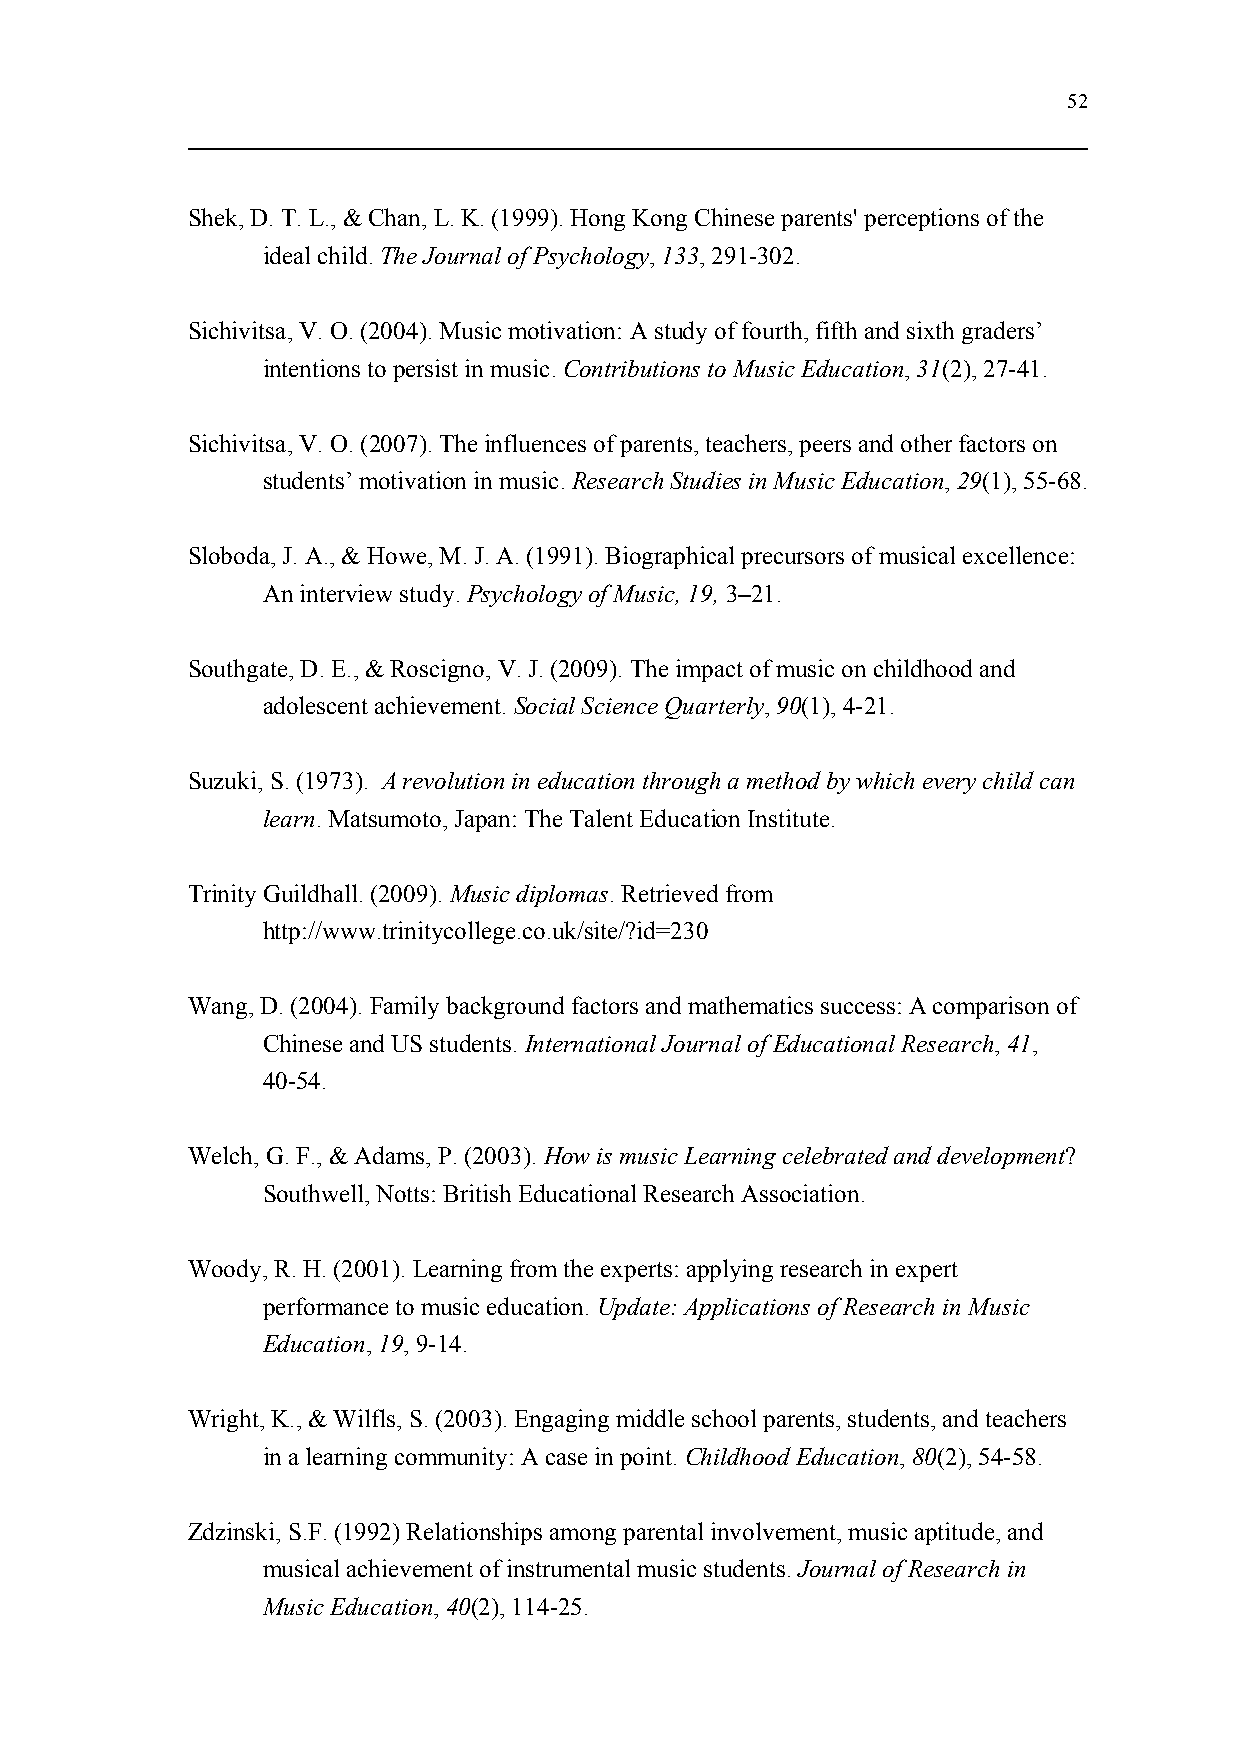
52
 Shek, D. T. L., & Chan, L. K. (1999). Hong Kong Chinese parents' perceptions of the
 ideal child. The Journal of Psychology, 133, 291-302.
 Sichivitsa, V. O. (2004). Music motivation: A study of fourth, fifth and sixth graders’
 intentions to persist in music. Contributions to Music Education, 31(2), 27-41.
 Sichivitsa, V. O. (2007). The influences of parents, teachers, peers and other factors on
 students’ motivation in music. Research Studies in Music Education, 29(1), 55-68.
 Sloboda, J. A., & Howe, M. J. A. (1991). Biographical precursors of musical excellence:
 An interview study. Psychology of Music, 19, 3–21.
 Southgate, D. E., & Roscigno, V. J. (2009). The impact of music on childhood and
 adolescent achievement. Social Science Quarterly, 90(1), 4-21.
 Suzuki, S. (1973). A revolution in education through a method by which every child can
 learn. Matsumoto, Japan: The Talent Education Institute.
 Trinity Guildhall. (2009). Music diplomas. Retrieved from
 http://www.trinitycollege.co.uk/site/?id=230
 Wang, D. (2004). Family background factors and mathematics success: A comparison of
 Chinese and US students. International Journal of Educational Research, 41,
 40-54.
 Welch, G. F., & Adams, P. (2003). How is music Learning celebrated and development?
 Southwell, Notts: British Educational Research Association.
 Woody, R. H. (2001). Learning from the experts: applying research in expert
 performance to music education. Update: Applications of Research in Music
 Education, 19, 9-14.
 Wright, K., & Wilfls, S. (2003). Engaging middle school parents, students, and teachers
 in a learning community: A case in point. Childhood Education, 80(2), 54-58.
 Zdzinski, S.F. (1992) Relationships among parental involvement, music aptitude, and
 musical achievement of instrumental music students. Journal of Research in
 Music Education, 40(2), 114-25.